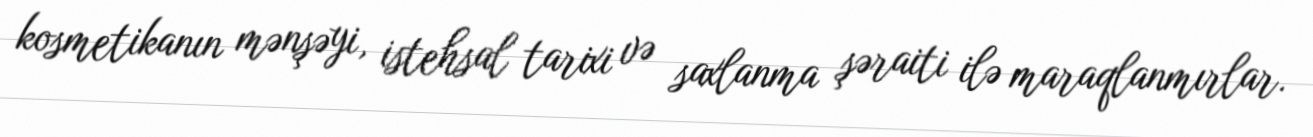
kosmetikanın mənşəyi, istehsal tarixi və saxlanma şəraiti ilə maraqlanmırlar.